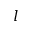
l